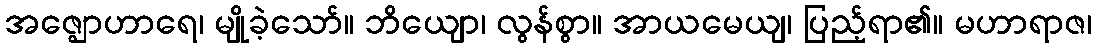
အဇ္ဈောဟာရေ၊ မျိုခဲ့သော်။ ဘိယျော၊ လွန်စွာ။ အာယမေယျ၊ ပြည့်ရာ၏။ မဟာရာဇ၊